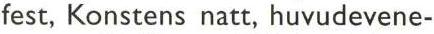
fest, Konstens natt, huvudevene-